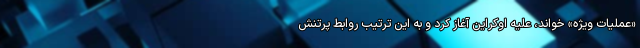
«عملیات ویژه» خواند، علیه اوکراین آغاز کرد و به این ترتیب روابط پرتنش